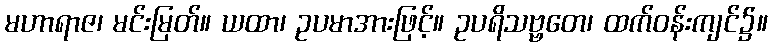
မဟာရာဇ၊ မင်းမြတ်။ ယထာ၊ ဥပမာအားဖြင့်။ ဥပရိသဗ္ဗတေ၊ ထက်ဝန်းကျင်၌။